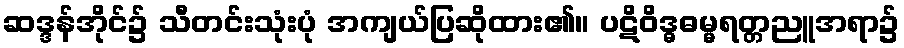
ဆဒ္ဒန်အိုင်၌ သီတင်းသုံးပုံ အကျယ်ပြဆိုထား၏။ ပဋိဝိဒ္ဓဓမ္မရတ္တညူအရာ၌